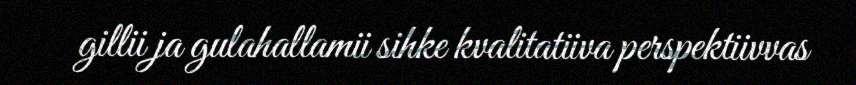
gillii ja gulahallamii sihke kvalitatiiva perspektiivvas